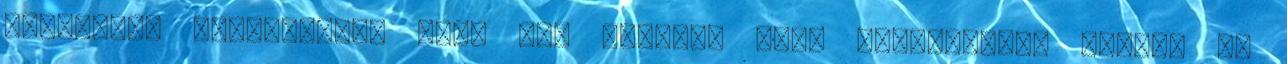
hatfontos éttermekkel tele van London. Ahol korlátlanul ehetsz az